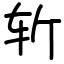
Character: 斩